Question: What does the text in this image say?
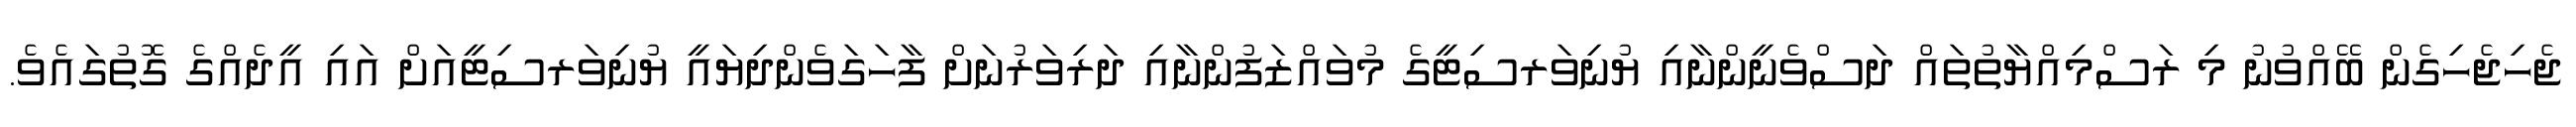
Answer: ޖެހިޖެހިގެން ބޭއްވުނު މި ރަސްމިއްޔާތުތައް ދަސްވެނީންނާއި ޔުނިވަރސިޓީގެ މުވައްޒަފުންނާއި ދަރިވަރުނަށް ފާހަގަވެންދިޔައީ ޔުނިވަރސިޓީއަށް އައި އީދެއްގެ ގޮތުގައެވެ.